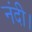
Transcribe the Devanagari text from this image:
नंदी।